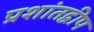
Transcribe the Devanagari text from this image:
प्रशांतद्वीप